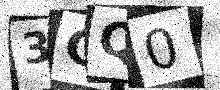
Text: 3CQ0